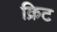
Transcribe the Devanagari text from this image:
क्रिट